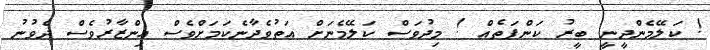
! ކަލޭމެންދީނީ ބީރު ކަންފަތެއް ! މިދުވަސް ކަލޭމެނަށް އަތުވެދާނެކަމަށްވެސް އިންޒާރުވެސް ދެވުނު